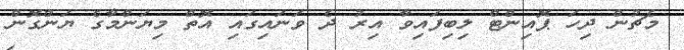
މެޗުން ދިހަ ޕޮއިންޓް ލިބިފައިވާ އިރު ދެ ވަނައިގައި އޮތް މިޔަންމާގެ ޔަންގޮން